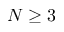
N \ge 3